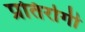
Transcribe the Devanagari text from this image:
प्रतिरोगी